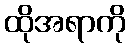
ထိုအရာကို